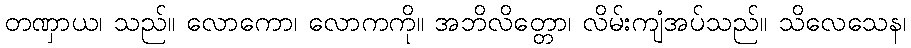
တဏှာယ၊ သည်။ လောကော၊ လောကကို။ အဘိလိတ္တော၊ လိမ်းကျံအပ်သည်။ သိလေသေန၊